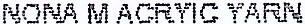
NONA M ACRYIC YARN